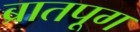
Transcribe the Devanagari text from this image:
ब्रातपूग